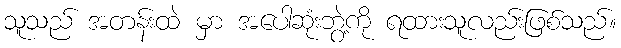
သူသည် အတန်းထဲ မှာ အပေါဆုံးဘွဲ့ကို ရထားသူလည်းဖြစ်သည်။